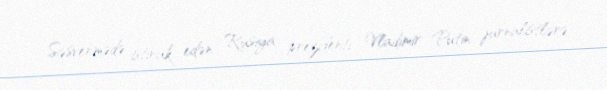
Səsvermədə iştirak edən Rusiya prezidenti Vladimir Putin jurnalistlərə